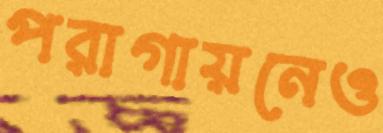
পরাগায়নেও